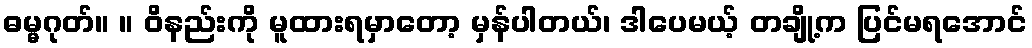
ဓမ္မဂုတ်။ ။ ဝိနည်းကို မူထားရမှာတော့ မှန်ပါတယ်၊ ဒါပေမယ့် တချို့က ပြင်မရအောင်